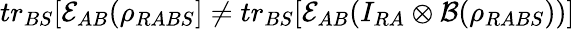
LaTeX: tr_{BS}[\mathcal{E}_{AB}(\rho_{RABS}]\neq tr_{BS}[\mathcal{E}_{AB}(I_{RA}\otimes\mathcal{B}(\rho_{RABS}))]